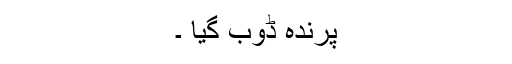
پرندہ ڈوب گیا ۔